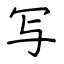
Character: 写